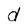
Character: d